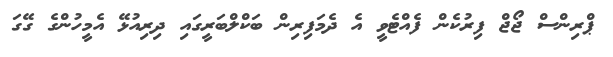
ޕްރިންސް ޖޯޖް ފިރުކެން ފެއްޓެވީ އެ ދެމަފިރިން ބަކްލްބަރީގައި ދިރިއުޅޭ އެމީހުންގެ ގޭގަ